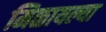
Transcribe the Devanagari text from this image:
मिळायल्या